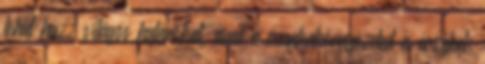
tehát húzz világos határokat, amit a munkakörnyezeted is érzékel;